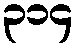
၃၁၄